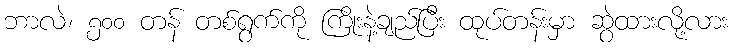
ဘာလဲ၊ ၅၀၀ တန် တစ်ရွက်ကို ကြိုးနဲ့ချည်ပြီး ထုပ်တန်းမှာ ဆွဲထားလို့လား